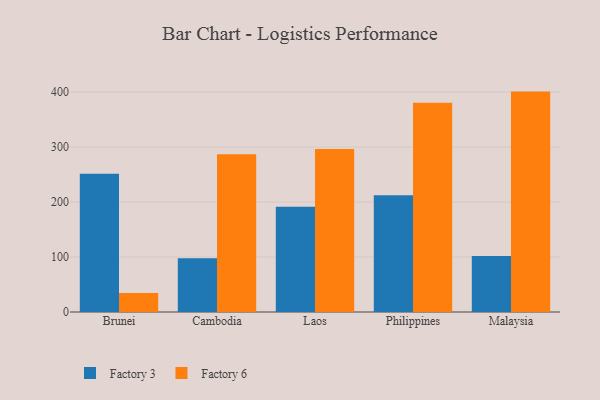
{"axis": {"x": "Country", "y": "Tickets Resolved"}, "legend": ["Factory 3", "Factory 6"], "data": [{"x": "Brunei", "y": 251.5, "type": "Factory 3"}, {"x": "Brunei", "y": 34.6, "type": "Factory 6"}, {"x": "Cambodia", "y": 98.0, "type": "Factory 3"}, {"x": "Cambodia", "y": 287.1, "type": "Factory 6"}, {"x": "Laos", "y": 191.5, "type": "Factory 3"}, {"x": "Laos", "y": 296.6, "type": "Factory 6"}, {"x": "Philippines", "y": 212.3, "type": "Factory 3"}, {"x": "Philippines", "y": 380.8, "type": "Factory 6"}, {"x": "Malaysia", "y": 101.7, "type": "Factory 3"}, {"x": "Malaysia", "y": 401.0, "type": "Factory 6"}]}